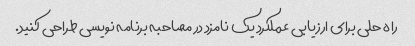
راه حلی برای ارزیابی عملکرد یک نامزد در مصاحبه برنامه نویسی طراحی کنید.